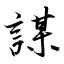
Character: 謀